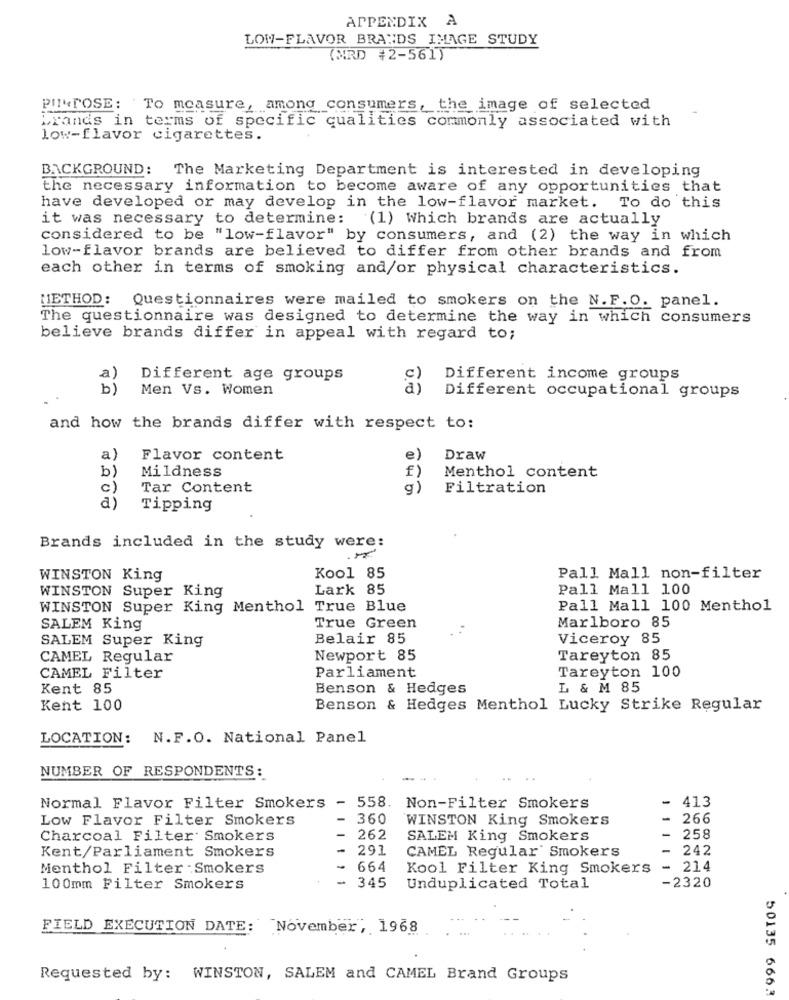
APPENDIX A
LOW-FLAVOR BRANDS IMAGE STUDY
(MRD 42-561)
PINTOSE: To measure, among consumers, the image of selected
brands in terms of specific qualities commonly associated with
low-flavor cigarettes.
BACKGROUND: The Marketing Department is interested in developing
the necessary information to become aware of any opportunities that
have developed or may develop in the low-flavor market. To do this
it was necessary to determine:
(1) Which brands are actually
considered to be "low-flavor" by consumers, and (2) the way in which
low-flavor brands are believed to differ from other brands and from
each other in terms of smoking and/or physical characteristics.
METHOD: Questionnaires were mailed to smokers on the N.F. O. panel.
The questionnaire was designed to determine the way in which consumers
believe brands differ in appeal with regard to;
a)
Different age groups
Different income groups
b)
Men Vs. Women
a)
Different occupational groups
and how the brands differ with respect to:
a)
Flavor content
e)
Draw
b)
Mildness
f
Menthol content
c)
Tar Content
Filtration
a)
Tipping
Brands included in the study were:
WINSTON King
Kool 85
Pall Mall non-filter
WINSTON Super King
Lark 85
Pall Mall 100
WINSTON Super King Menthol True Blue
Pall Mall 100 Menthol
Marlboro 85
SALEM King
True Green
SALEM Super King
Belair 85
Viceroy 85
CAMEL Regular
Newport 85
Tareyton 85
CAMEL Filter
Parliament
Tareyton 100
Kent 85
Benson & Hedges
L & M 85
Kent 100
Benson & Hedges Menthol Lucky Strike Regular
LOCATION: N.F.O. National Panel
NUMBER OF RESPONDENTS:
-
413
Normal Flavor Filter Smokers
- 558.
Non-Filter Smokers
Low Flavor Filter Smokers
360
WINSTON King Smokers
-
266
-
Charcoal Filter Smokers
262
SALEM King Smokers
258
Kent/Parliament Smokers
291
CAMEL Regular Smokers
242
Menthol Filter .Smokers
- 664
Kool Filter King Smokers
- 214
100mm Filter Smokers
- 345
Unduplicated Total
-2320
FIELD EXECUTION DATE: November, 1968
Requested by: WINSTON, SALEM and CAMEL Brand Groups
50135 6663